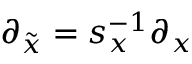
\partial _ { \tilde { x } } = s _ { x } ^ { - 1 } \partial _ { x }